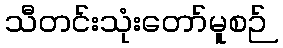
သီတင်းသုံးတော်မူစဉ်